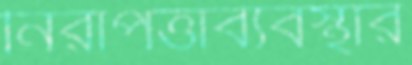
নিরাপত্তাব্যবস্থার